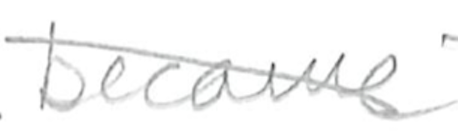
Text: became
Cross-out: diagonal
Writing tool: pencil